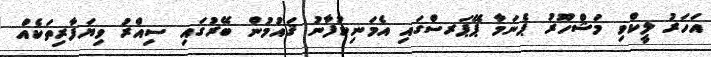
އަހަރު ލީކްވި މަޝްހޫރު ޕެނަމާ ޕޭޕަރސްގައި އެމަނިކުފާނު ޤައުމުން ބޭރުގައި ސިއްރު ވިޔަފާރިތަކެއް